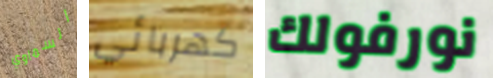
السماوي كهربائي نورفولك